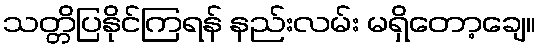
သတ္တိပြနိုင်ကြရန် နည်းလမ်း မရှိတော့ချေ။